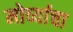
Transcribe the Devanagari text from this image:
मोर्च्याचा